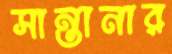
সান্তানার